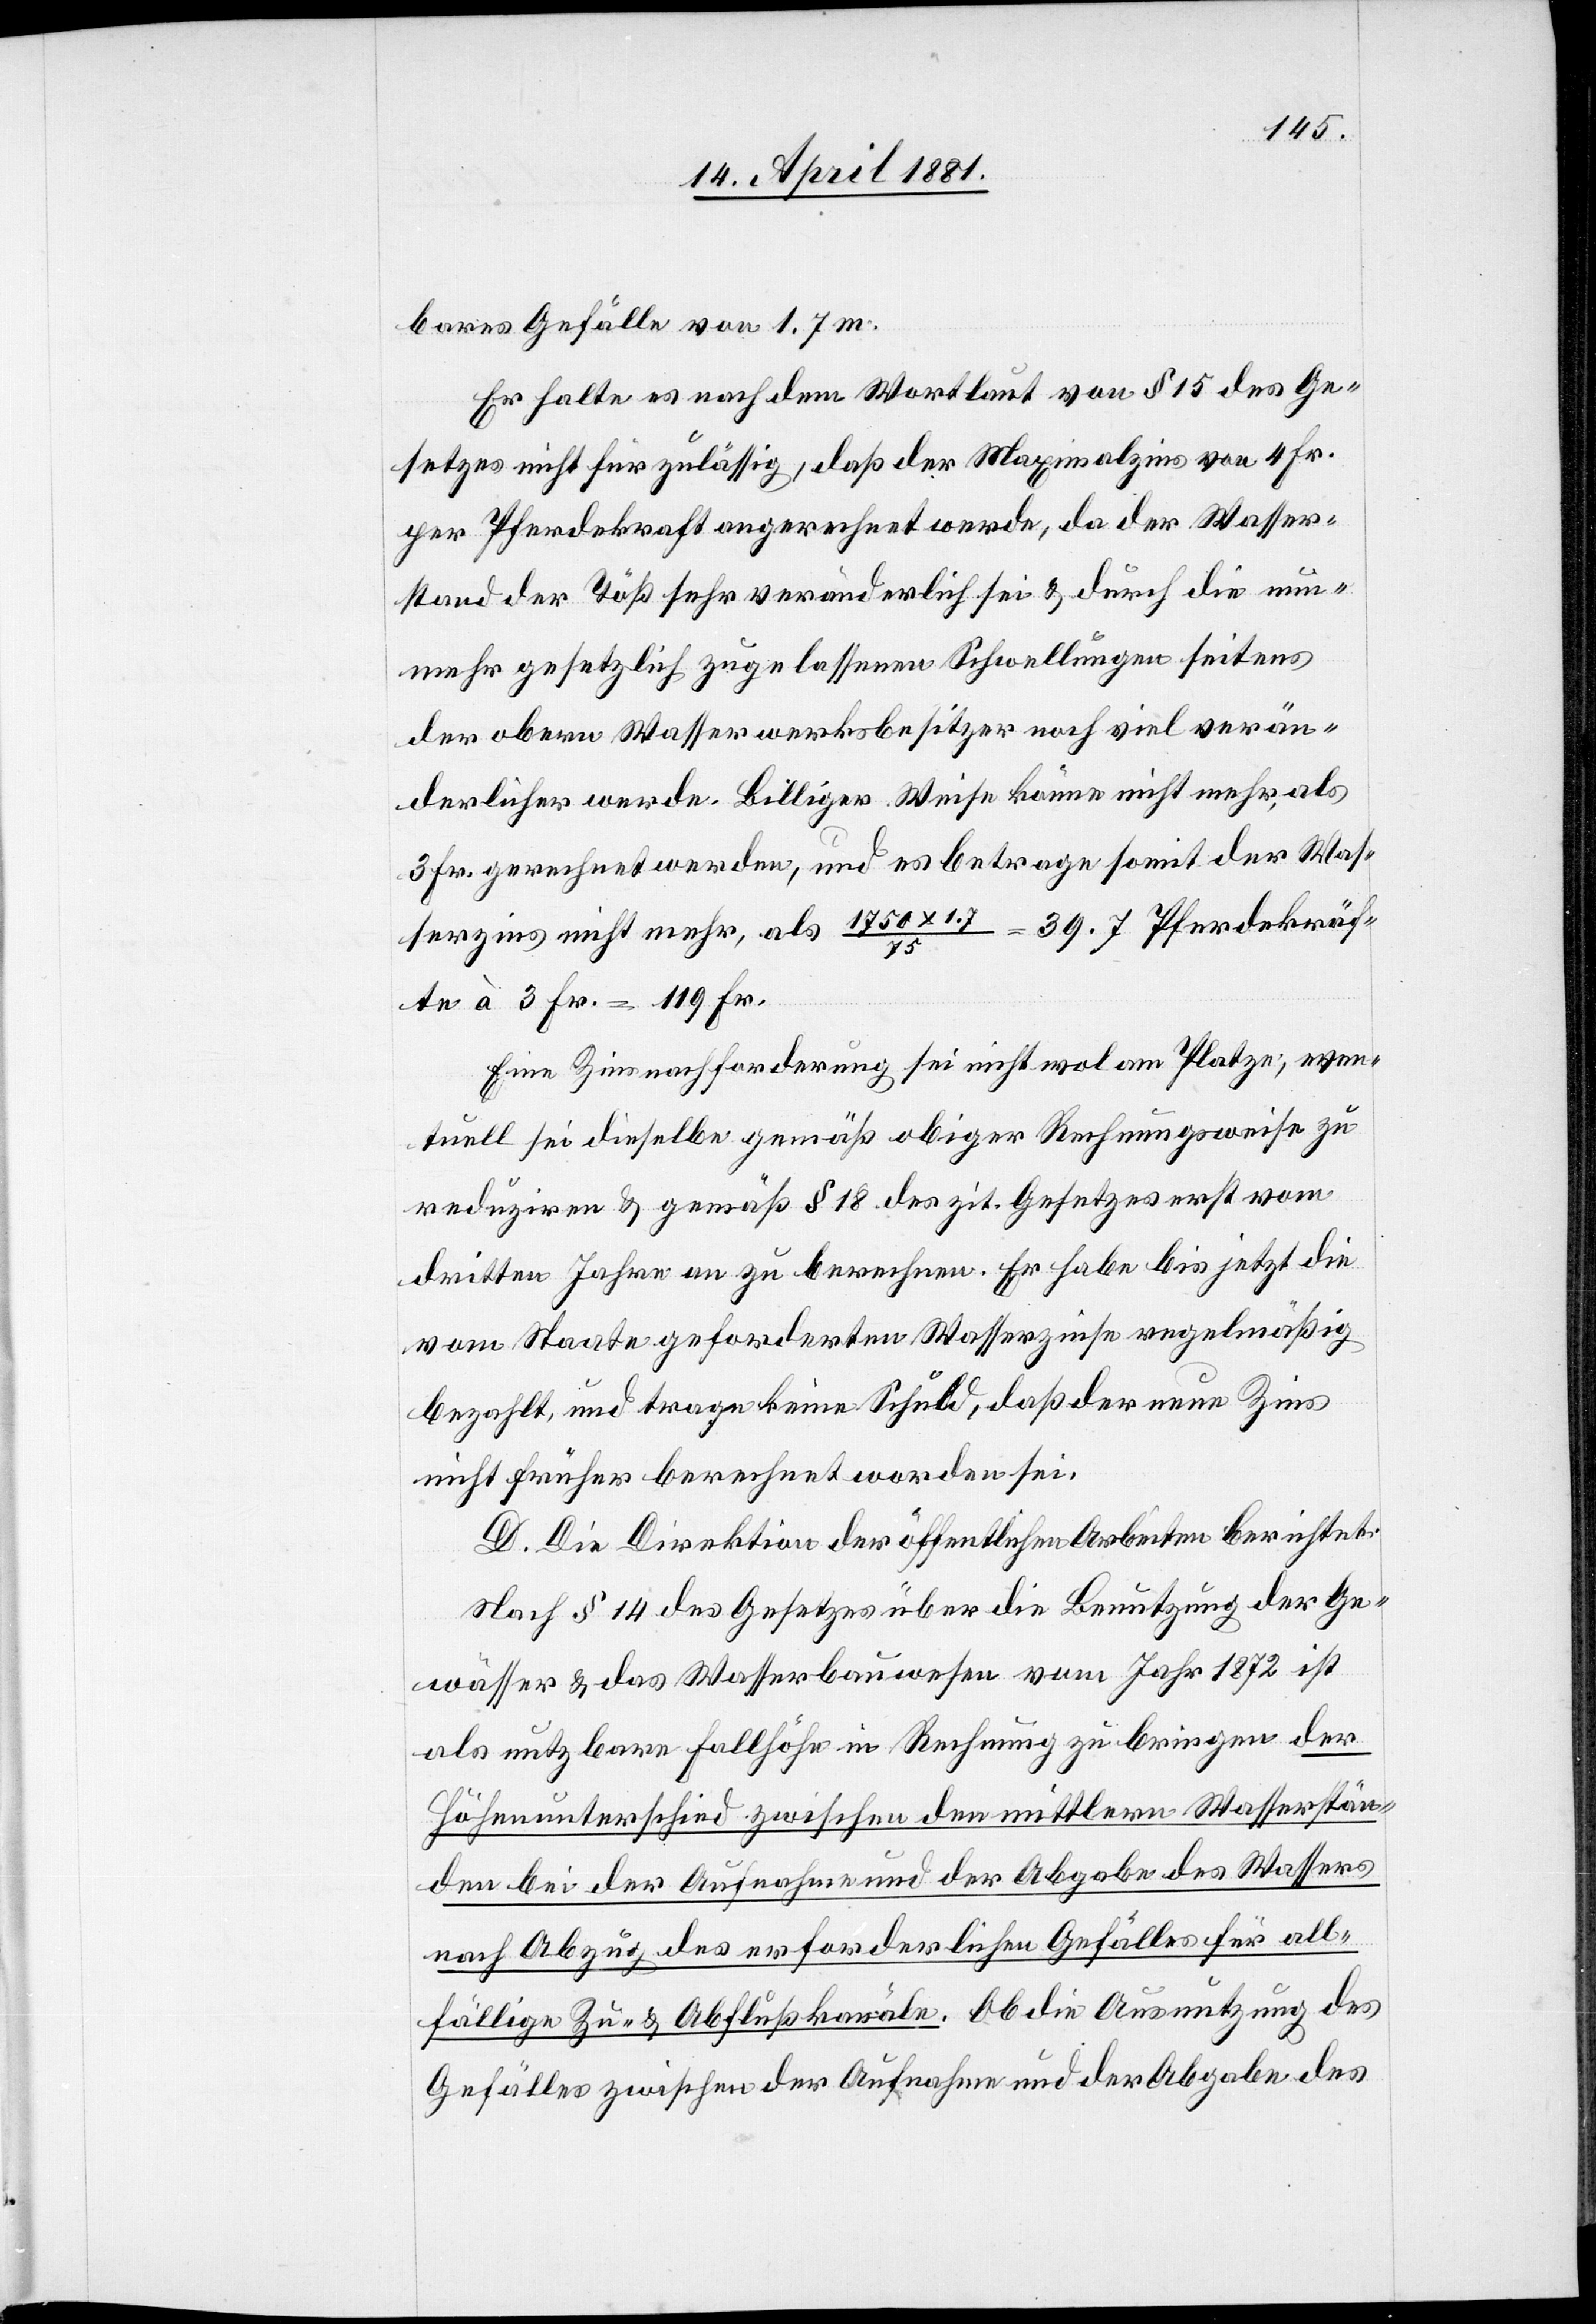
bares Gefälle von 1.7 m.
Er halte es nach dem Wortlaut von § 15 des Ge¬
setzes nicht für zulässig, daß der Maximalzins von 4 Fr.
per Pferdekraft angerechnet werde, da der Wasser¬
stand der Töß sehr veränderlich sei & durch die nun¬
mehr gesetzlich zugelassenen Schwellungen seitens
der obern Wasserwerksbesitzer noch viel verän¬
derlicher werde. Billiger Weise könne nicht mehr, als
3 Fr. gerechnet werden, und es betrage somit der Was¬
serzins nicht mehr, als 1750 x 1.7 / 75 = 39.7 Pferdekräf¬
te à 3 Fr. = 119 Fr.
Eine Zinsnachforderung sei nicht wol am Platze; even¬
tuell sei dieselbe gemäß obiger Rechnungsweise zu
reduziren & gemäß § 18 des zit. Gesetzes erst vom
dritten Jahre an zu berechnen. Er habe bis jetzt die
vom Staate geforderten Wasserzinsen regelmäßig
bezahlt, und trage keine Schuld, daß der neue Zins
nicht früher berechnet worden sei.
D. Die Direktion öffentlichen Arbeiten berichtet:
Nach § 14 des Gesetzes über die Benutzung der Ge¬
wässer & das Wasserbauwesen vom Jahr 1872 ist
als nutzbare Fallhöhe in Rechnung zu bringen der
Höhenunterschied zwischen den mittlern Wasserstän¬
den bei der Aufnahme und der Abgabe des Wassers
nach Abzug des erforderlichen Gefälles für all¬
fällige Zu- & Abflußkanäle. Ob die Ausnutzung des
Gefälles zwischen der Aufnahme und der Abgabe des